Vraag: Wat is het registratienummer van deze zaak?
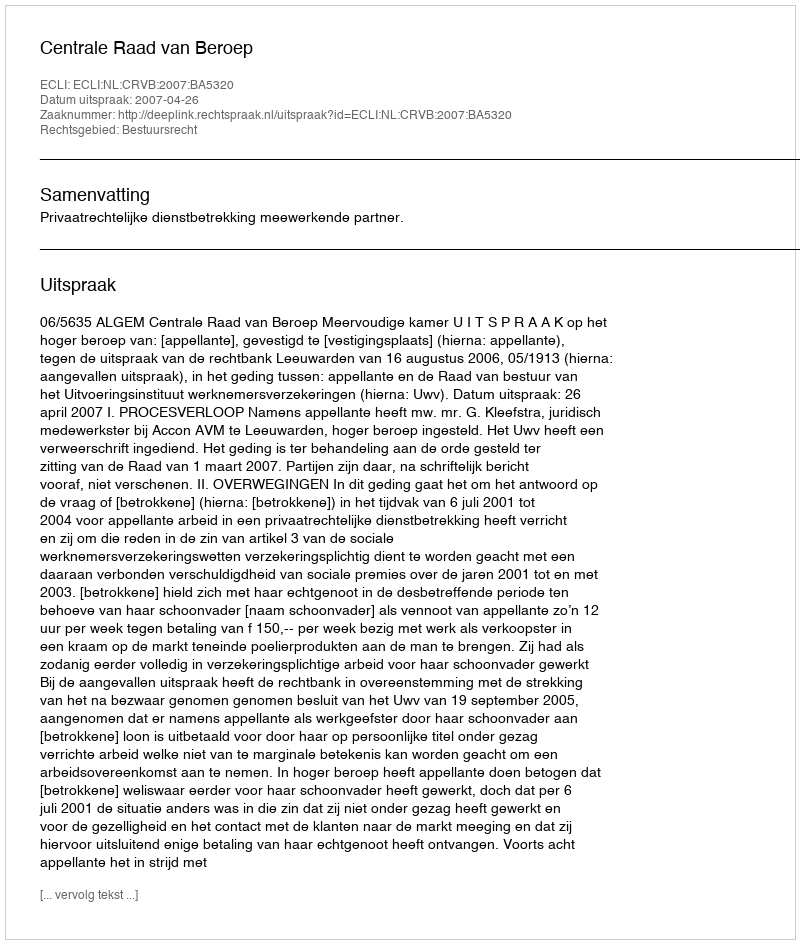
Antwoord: http://deeplink.rechtspraak.nl/uitspraak?id=ECLI:NL:CRVB:2007:BA5320